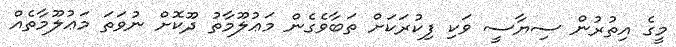
މީގެ އިތުރުން ސިޔާސީ ވަކި ފިކުރަކަށް ތަބާވެގެން މަޢުލޫމާތު ދޫކޮށް ނުވަތަ މަޢުލޫމާތެއް